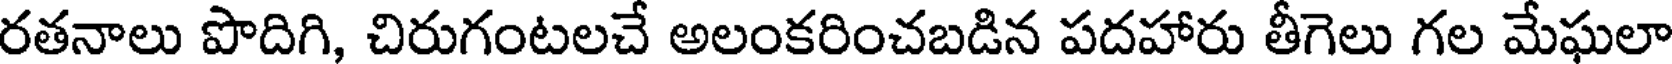
రతనాలు పొదిగి, చిరుగంటలచే అలంకరించబడిన పదహారు తీగెలు గల మేఘలా